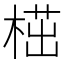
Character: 𣖠